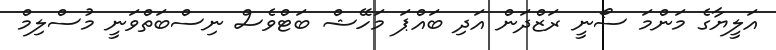
އަލީޔާގެ މަންމަ ސޯނީ ރަޒްދަން އަދި ބައްޕަ މަހޭޝް ބަޓްވެސް ނިސްބަތްވަނީ މުސްލިމް